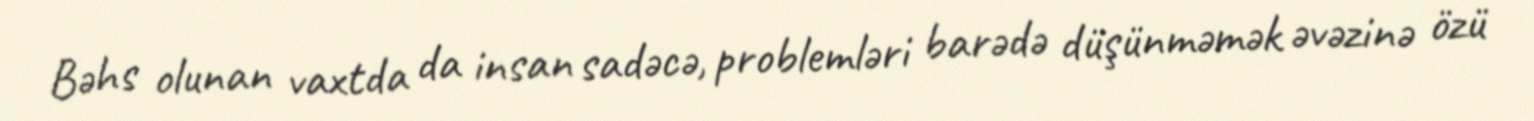
Bəhs olunan vaxtda da insan sadəcə, problemləri barədə düşünməmək əvəzinə özü